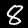
Label: 8